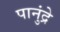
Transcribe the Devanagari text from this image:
पानुंद्रे